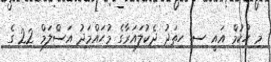
މި ހުކުމް އައީ ސ. ހިތަދު ދެކުލައަރާގެ މުޙައްމަދު އަސްލަމް 22 ގެ